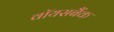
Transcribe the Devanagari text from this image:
वॉयसबैंक